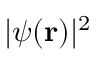
| \psi ( \mathbf { r } ) | ^ { 2 }